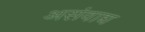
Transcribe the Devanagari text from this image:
असंवाद्य